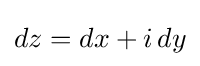
dz=dx+i\,dy